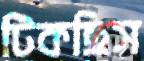
টিকছিস